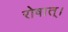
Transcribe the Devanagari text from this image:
रोषात्।